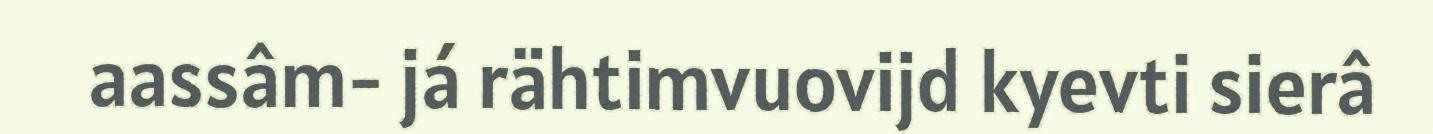
aassâm- já rähtimvuovijd kyevti sierâ